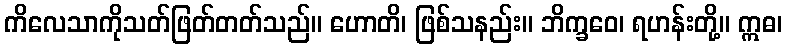
ကိလေသာကိုသတ်ဖြတ်တတ်သည်။ ဟောတိ၊ ဖြစ်သနည်း။ ဘိက္ခဝေ၊ ရဟန်းတို့။ ဣဓ၊